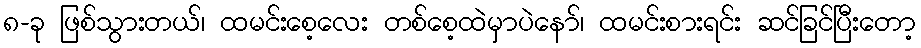
၈-ခု ဖြစ်သွားတယ်၊ ထမင်းစေ့လေး တစ်စေ့ထဲမှာပဲနော်၊ ထမင်းစားရင်း ဆင်ခြင်ပြီးတော့